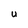
Character: U